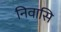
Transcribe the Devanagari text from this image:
निवासि